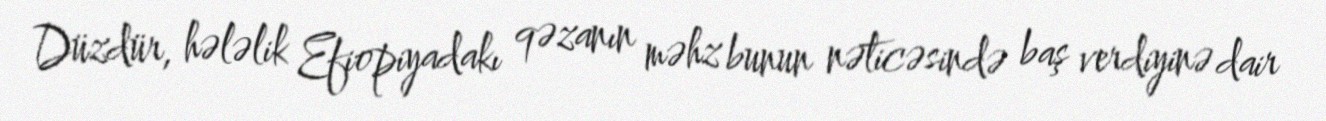
Düzdür, hələlik Efiopiyadakı qəzanın məhz bunun nəticəsində baş verdiyinə dair